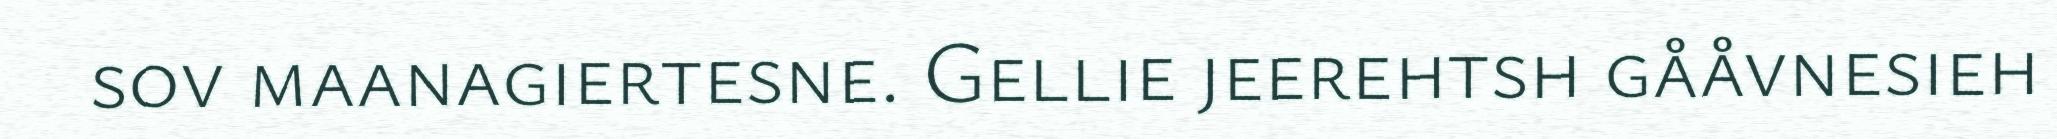
sov maanagiertesne. Gellie jeerehtsh gååvnesieh